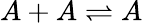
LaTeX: A+A\rightleftharpoons A